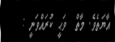
އާޔަތެވެ. މާތް  ވަޙީ ކުރައްވަނީ :